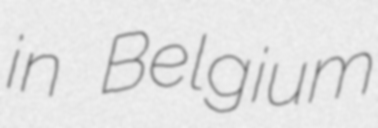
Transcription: in Belgium